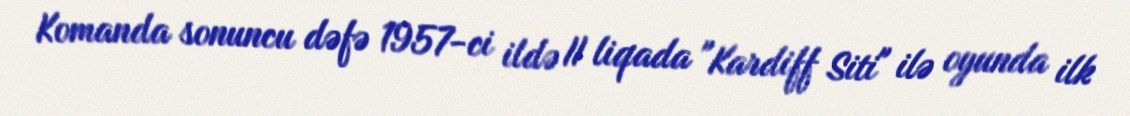
Komanda sonuncu dəfə 1957-ci ildə II liqada "Kardiff Siti" ilə oyunda ilk